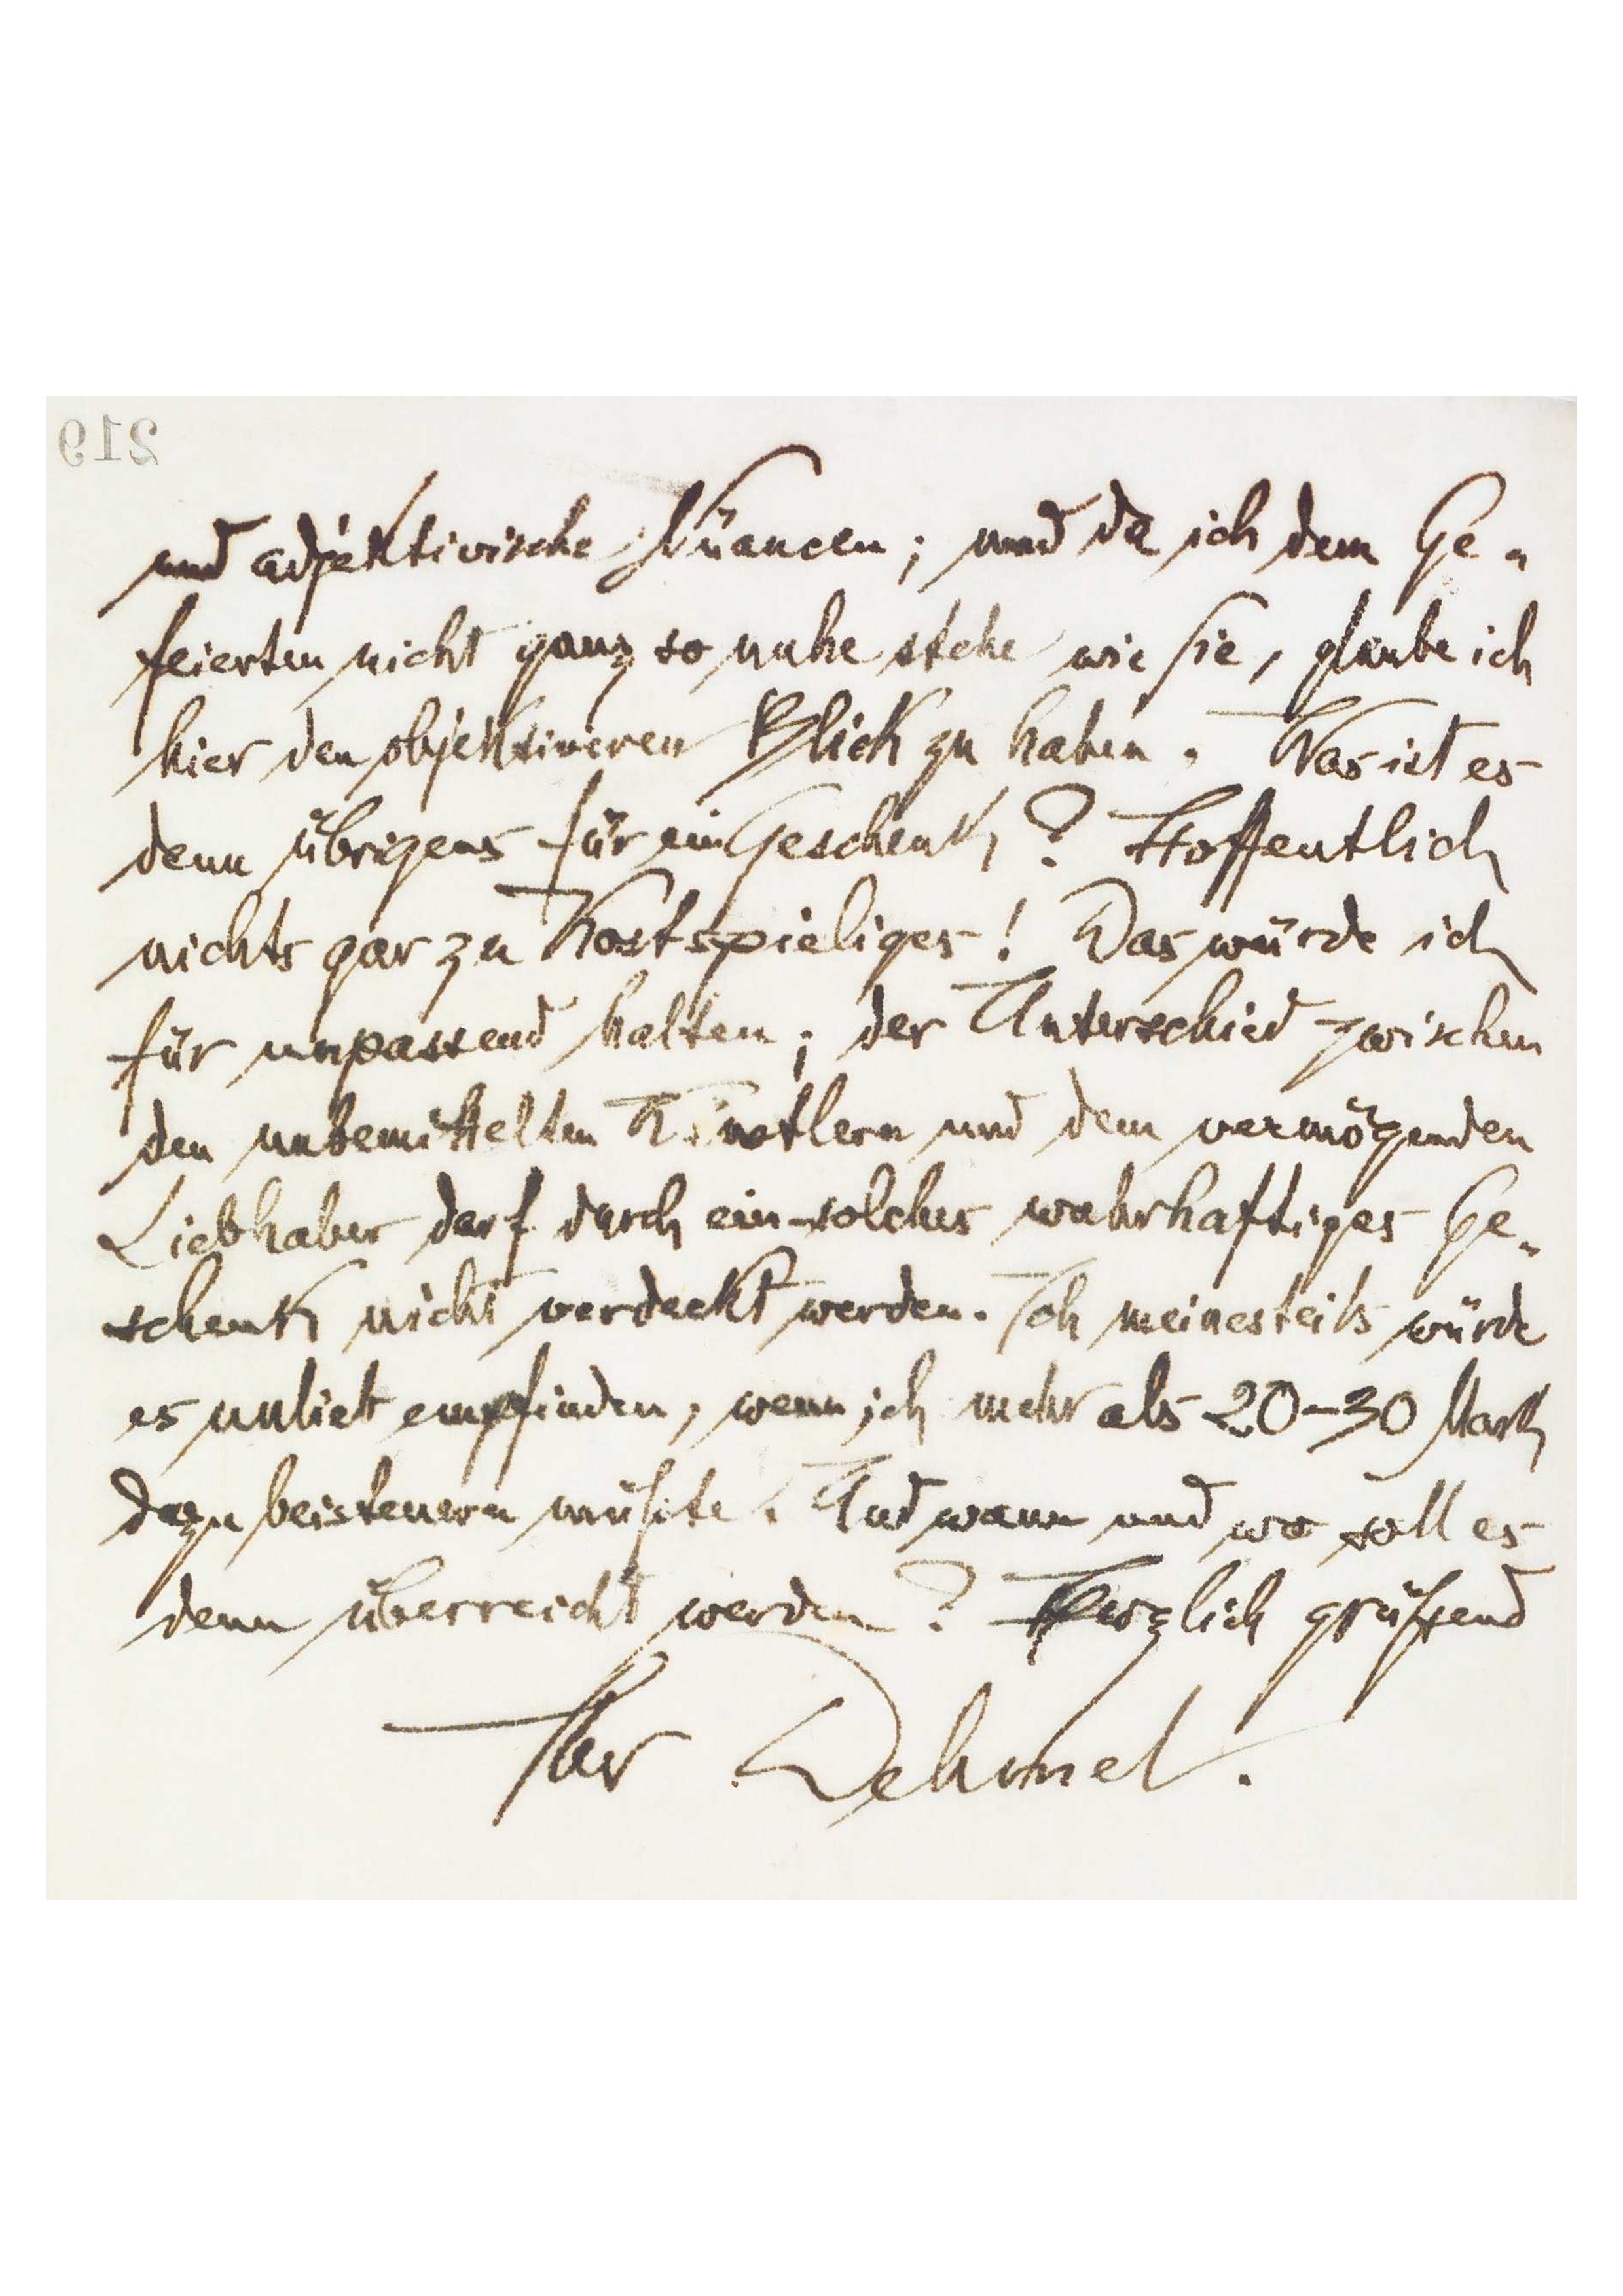
[219]
und objektivische Nuancen; und da ich dem Ge-
feierten nicht ganz so nahe stehe wie Sie, glaube ich
hier den objektiveren Blick zu haben. Was ist es
denn übrigens für ein Geschenk? Hoffentlich
nichts gar zu Kostspieliges! Das würde ich
für unpassend halten; der Unterschicht zwischen
den unbemittelten Künstlern und dem vermögenden
Liebhaber darf durch ein solches wahrhaftiges Ge-
schenk nicht verdeckt werden. Ich meinerseits würde
es unlieb empfinden, wenn ich mehr als 20-30 Mark
dazu beisteuern müßte. Und wann und wo soll es
denn überreicht werden? Herzlich grüßend
Ihr Dehmel.